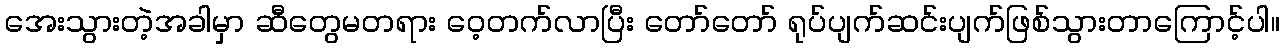
အေးသွားတဲ့အခါမှာ ဆီတွေမတရား ဝေ့တက်လာပြီး တော်တော် ရုပ်ပျက်ဆင်းပျက်ဖြစ်သွားတာကြောင့်ပါ။